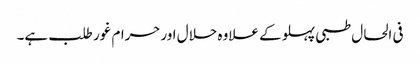
فی الحال طبی پہلو کے علاوہ حلال اورحرام غور طلب ہے۔